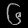
Digit: ၆